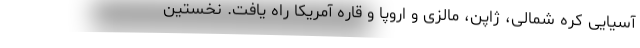
آسیایی کره شمالی، ژاپن، مالزی و اروپا و قاره آمریکا راه یافت. نخستین